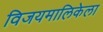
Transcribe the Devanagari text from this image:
विजयमालिकेला